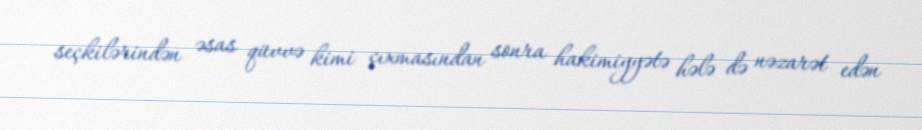
seçkilərindən əsas qüvvə kimi çıxmasından sonra hakimiyyətə hələ də nəzarət edən